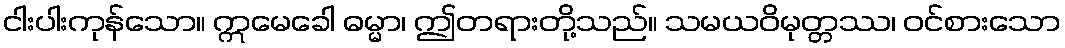
ငါးပါးကုန်သော။ ဣမေခေါ ဓမ္မာ၊ ဤတရားတို့သည်။ သမယဝိမုတ္တဿ၊ ဝင်စားသော